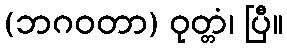
(ဘဂဝတာ) ဝုတ္တံ၊ ပြီ။